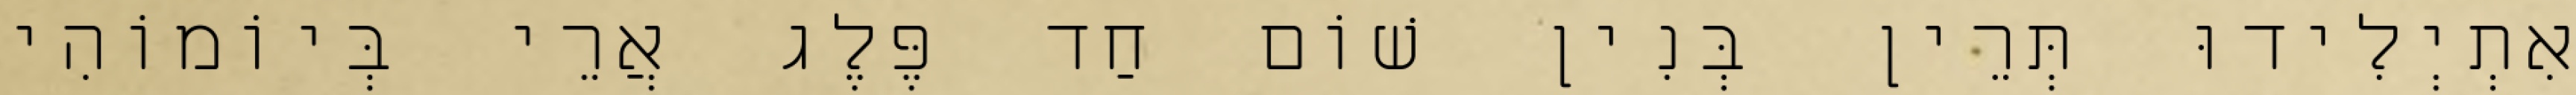
אִתְיְלִידוּ תְּרֵין בְּנִין שׁוֹם חַד פֶּלֶג אֲרֵי בְּיוֹמוֹהִי